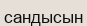
сандысын